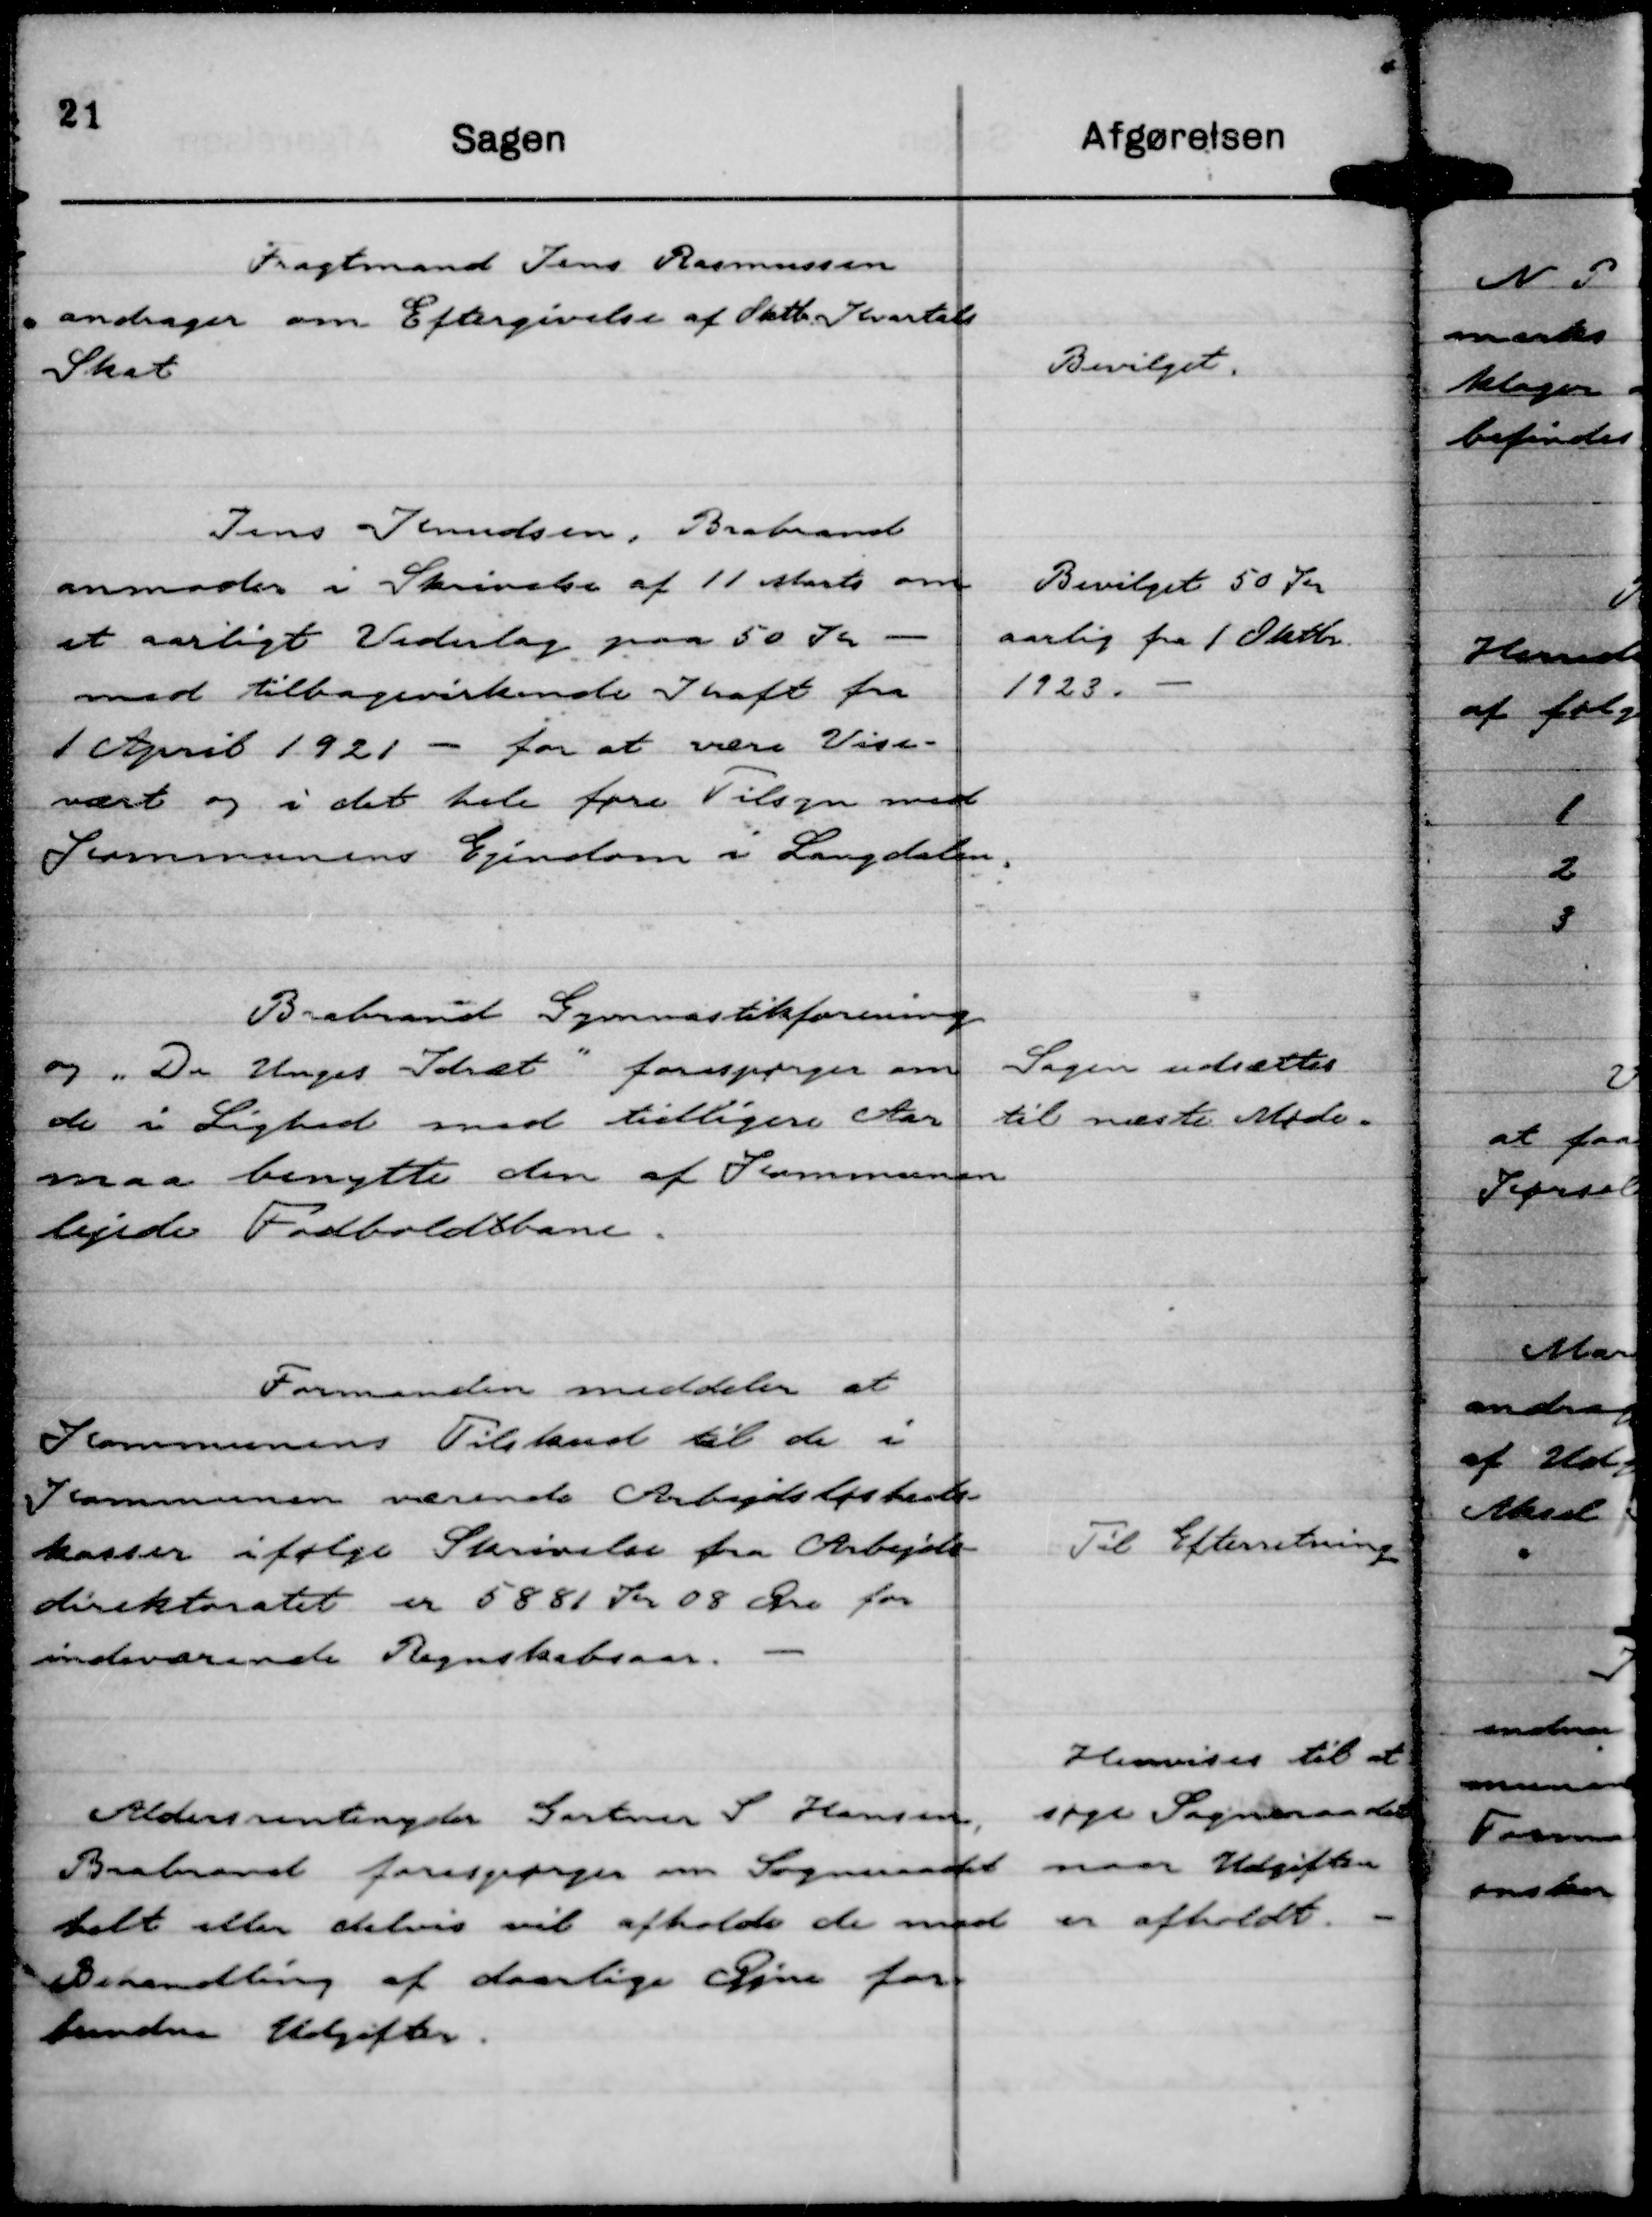
Transskription:
Fragtmand Jens Rasmussen
andrager om Eftergivelse af Oktb. Kvartals
Skat

Bevilget.

Jens Knudsen, Brabrand
anmoder i Skrivelse af 11 Marts om
et aarligt Vederlag paa 50 Kr -
med tilbagevirkende Kraft fra
1 April 1921 - for at være Vise-
vært og i det hele føre Tilsyn med
Kommunens Ejendom i Langdalen.

Bevilget 50 Kr
aarlig fra 1 Oktbr.
1923.

Brabrand Gymnastikforening
og "De Unges Idræt" forespørger om
de i Lighed med tidligere Aar
maa benytte den af Kommunen
lejede Fodboldbane.

Sagen udsættes
til næste Møde.

Formanden meddeler at
Kommunens Tilskud til de i
Kommunen værende Arbejdsløsheds-
kasser ifølge Skrivelse fra Arbejds-
direktoratet er 5881 Kr 08 Øre for
indeværende Regnskabsaar.

Til Efterretning

Aldersrentenyder Gartner S Hansen,
Brabrand forespørger om Sogneraadet
helt eller delvis vil afholde de mod
Behandling af daarlige Øjne for-
bundne Udgifter.

Henvises til at
søge Sogneraadet
naar Udgiften
er afholdt.